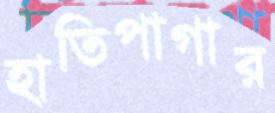
হাতিপাগার